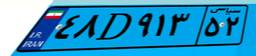
۴۸D۹۱۳۵۲